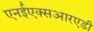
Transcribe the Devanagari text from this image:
एनईएक्सआरएडी